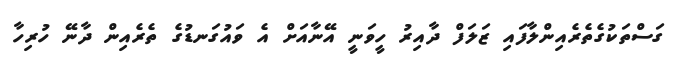
ގަސްތަކުގެތެރެއިންލާފައި ޒަލަފް ދާއިރު ހީވަނީ އޭނާއަށް އެ ވައުގަނޑުގެ ތެރެއިން ދާނޭ ހުރިހާ